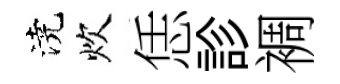
澆炊恁診裯